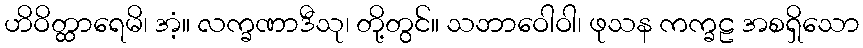
ဟိဝိတ္ထာရေမိ၊ အံ့။ လက္ခဏာဒီသု၊ တို့တွင်။ သဘာဝေါဝါ၊ ဖုသန ကက္ခဠ အစရှိသော